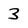
Character: 3